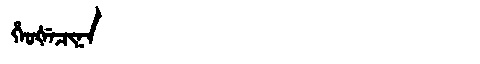
Manchu: ᡥᡝᠣᡧᡝᠴᡳᠨᠠ
Romanization: HEOŠECINA